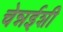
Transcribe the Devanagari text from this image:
चेन्नईशी